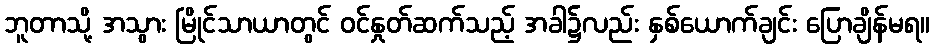
ဘူတာသို့ အသွား မြိုင်သာယာတွင် ဝင်နှုတ်ဆက်သည့် အခါ၌လည်း နှစ်ယောက်ချင်း ပြောချိန်မရ။